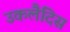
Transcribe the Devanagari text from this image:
उकलैदिस